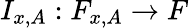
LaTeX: I_{x,A}:F_{x,A}\to F